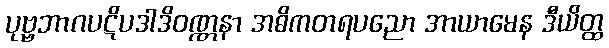
ပုဗ္ဗဘာဂပဋိပဒါဒိဝဏ္ဏနာ အဓိကတရပညော အာယာမေန ဒီယိတ္ထ